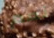
نعم